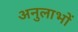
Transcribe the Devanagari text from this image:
अनुलाभों